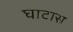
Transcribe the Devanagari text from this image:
घाटास